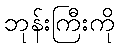
ဘုန်းကြီးကို